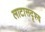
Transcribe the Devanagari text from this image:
लाटासदृश्य